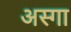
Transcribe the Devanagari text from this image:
अस्गा